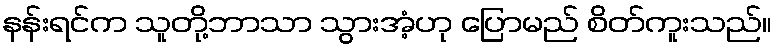
နန်းရင်က သူတို့ဘာသာ သွားအံ့ဟု ပြောမည် စိတ်ကူးသည်။